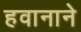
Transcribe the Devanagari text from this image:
हवानाने